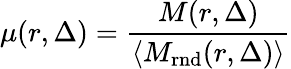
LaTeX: \mu(r,\Delta)=\frac{M(r,\Delta)}{\left\langle M_{\mathrm{rnd}}(r,\Delta)\right\rangle}